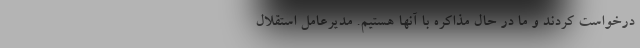
درخواست کردند و ما در حال مذاکره با آنها هستیم. مدیرعامل استقلال